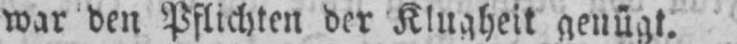
war den Pflichten der Klugheit genügt.